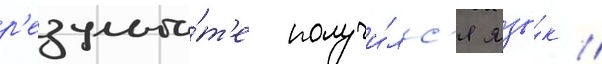
р'езульта́т'е получи́лс'я язы́к /